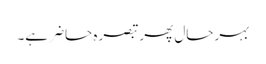
بہرحال پھر تبصرہ حاضر ہے۔